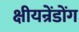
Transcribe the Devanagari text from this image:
क्षीयन्रेंडोंग